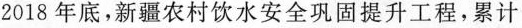
2018年底，新疆农村饮水安全巩固提升工程，累计